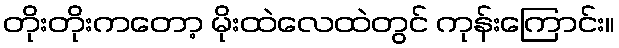
တိုးတိုးကတော့ မိုးထဲလေထဲတွင် ကုန်းကြောင်း။